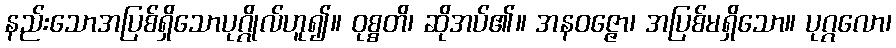
နည်းသောအပြစ်ရှိသောပုဂ္ဂိုလ်ဟူ၍။ ဝုစ္စတိ၊ ဆိုအပ်၏။ အနဝဇ္ဇော၊ အပြစ်မရှိသော။ ပုဂ္ဂလော၊